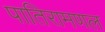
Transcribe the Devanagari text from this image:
पातिरामणल